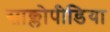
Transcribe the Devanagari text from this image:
साक्लोपीडिया